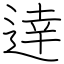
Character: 逹